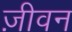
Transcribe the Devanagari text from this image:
ज़ीवन